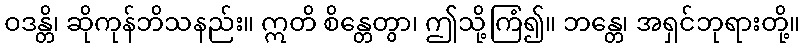
ဝဒန္တိ၊ ဆိုကုန်ဘိသနည်း။ ဣတိ စိန္တေတွာ၊ ဤသို့ကြံ၍။ ဘန္တေ၊ အရှင်ဘုရားတို့။